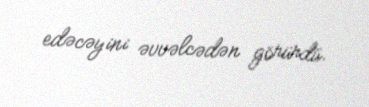
edəcəyini əvvəlcədən görürdü.